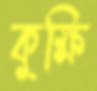
কুক্ষি